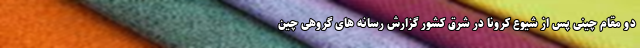
دو مقام‌ چینی پس از شیوع کرونا در شرق کشور گزارش رسانه های گروهی چین